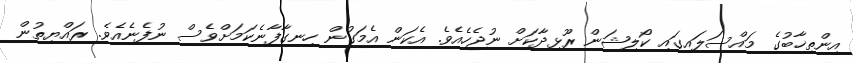
އިންތިޚާބުގެ މައްސަލައިގައި ކޯލިޝަން ރޫޅިދާކަށް ނުޖެހެއެވެ. އެކަން އެމަގުން ހިނގާފާނެކަމަށްވެސް ނުފެނެއެވެ. ރައްޔިތުން